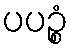
ပပဉ္စံ